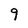
Character: 9